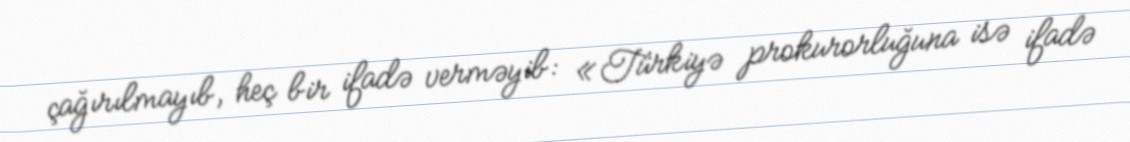
çağırılmayıb, heç bir ifadə verməyib: «Türkiyə prokurorluğuna isə ifadə